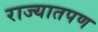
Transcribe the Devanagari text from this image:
राज्यातपण